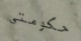
حكومتي